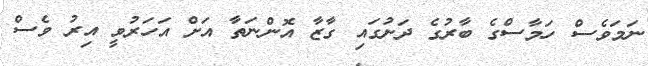
ނަމަވެސް ހަމާސްގެ ބާރުގެ ދަށުގައި ގާޒާ އޮންނަތާ އަށް އަހަރުވީ އިރު ވެސް